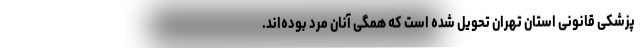
پزشکی قانونی استان تهران تحویل شده است که همگی آنان مرد بوده‌اند.